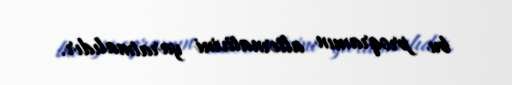
bu proqramın alternativini yaratmalıdır.